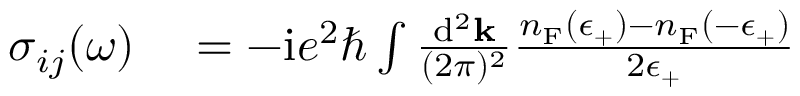
\begin{array} { r l } { \sigma _ { i j } ( \omega ) } & { { } = - \mathrm { i } e ^ { 2 } \hbar \int \frac { \mathrm { d } ^ { 2 } \mathbf { k } } { ( 2 \pi ) ^ { 2 } } \frac { n _ { \mathrm { F } } ( \epsilon _ { + } ) - n _ { \mathrm { F } } ( - \epsilon _ { + } ) } { 2 \epsilon _ { + } } } \end{array}